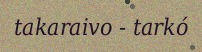
takaraivo - tarkó